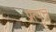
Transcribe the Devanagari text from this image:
प्रत्युत्त